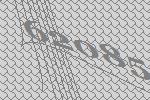
62085